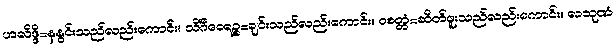
ဟလိဒ္ဒိ=နနွင်းသည်လည်းကောင်း။ သိင်္ဂီဝေရဉ္စ=ချင်းသည်လည်းကောင်း။ ဝစတ္တံ=ဆိတ်ဖူးသည်လည်းကောင်း။ လသုဏံ